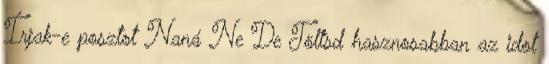
Írjak-e posztot Naná Ne De Töltsd hasznosabban az idot